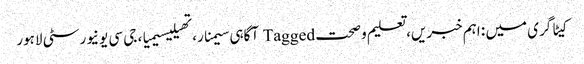
کیٹاگری میں : اہم خبریں، تعلیم و صحت Tagged آگاہی سیمنار، تھیلیسیمیا، جی سی یونیورسٹی لاہور